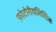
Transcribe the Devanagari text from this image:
फ़ोटोरीयलिस्टिक